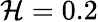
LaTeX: \mathcal{H}=0.2